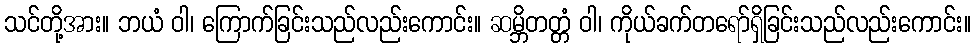
သင်တို့အား။ ဘယံ ဝါ၊ ကြောက်ခြင်းသည်လည်းကောင်း။ ဆမ္ဘိတတ္တံ ဝါ၊ ကိုယ်ခက်တရော်ရှိခြင်းသည်လည်းကောင်း။